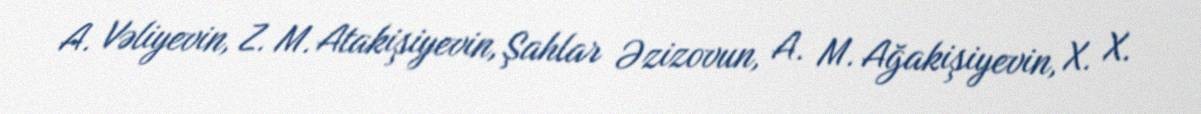
A. Vəliyevin, Z. M. Atakişiyevin, Şahlar Əzizovun, A. M. Ağakişiyevin, X. X.